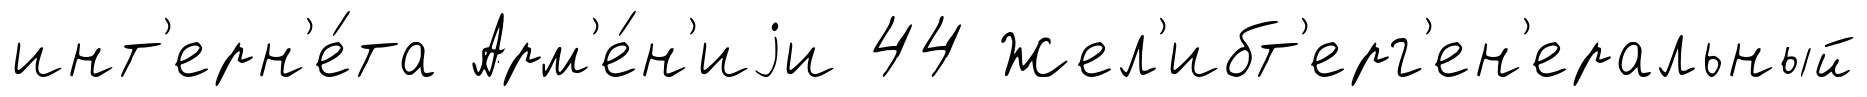
инт'ерн'е́та Арм'е́н'иjи 44 Жел'ибт'ерг'ен'еральный